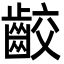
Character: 齩